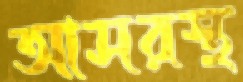
আসরস্থ